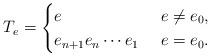
LaTeX: \begin{align*}T_e & = \begin{cases}e & \ e\neq e_0,\\e_{n+1}e_{n}\cdots e_1 & \ e=e_0. \end{cases}\end{align*}